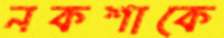
নকশাকে